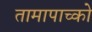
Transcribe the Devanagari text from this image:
तामापाच्को